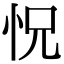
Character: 怳